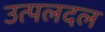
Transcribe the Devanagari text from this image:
उत्पलदल